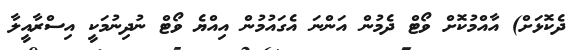
ދެކޮޅަށް) އާއްމުކޮށް ވޯޓް ދެމުން އަންނަ އެގައުމުން އިއްޔެ ވޯޓް ނުދިނުމަކީ އިސްރާއީލާ